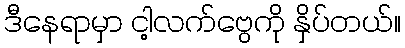
ဒီနေရာမှာ ငါ့လက်ဗွေကို နှိပ်တယ်။